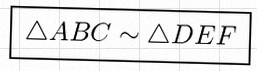
\triangle ABC\sim\triangle DEF